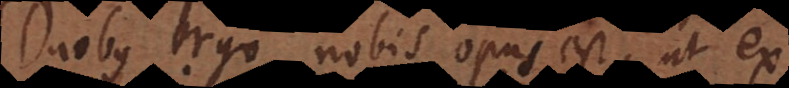
Duobus ergo nobis opus est, ut ex